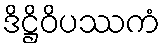
ဒိဋ္ဌိဝိပဿကံ